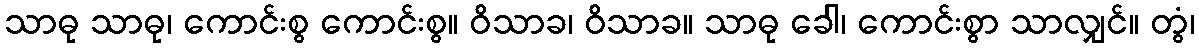
သာဓု သာဓု၊ ကောင်းစွ ကောင်းစွ။ ဝိသာခ၊ ဝိသာခ။ သာဓု ခေါ၊ ကောင်းစွာ သာလျှင်။ တွံ၊